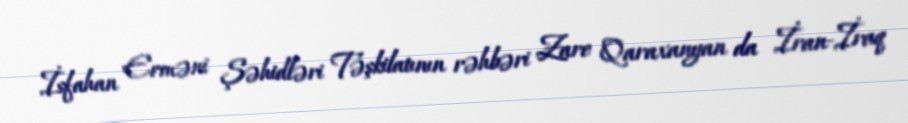
İsfahan Erməni Şəhidləri Təşkilatının rəhbəri Zare Qaraxanyan da İran-İraq